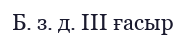
Б. з. д. III ғасыр